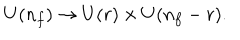
LaTeX: U ( n _ { f } ) \to U ( r ) \times U ( n _ { f } - r ) .